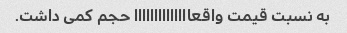
به نسبت قیمت واقعاااااااااااااا حجم کمی داشت.